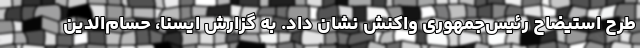
طرح استیضاح رئیس‌جمهوری واکنش نشان داد. به گزارش ایسنا، حسام‌الدین